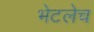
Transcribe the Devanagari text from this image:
भेटलेच